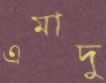
এমাদু